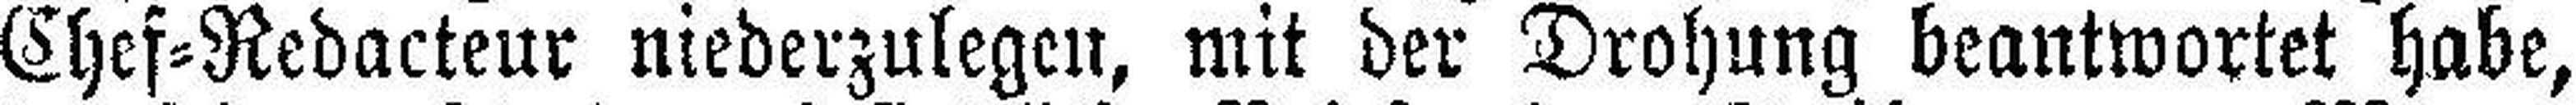
Chef=Redacteur niederzulegen, mit der Drohung beantwortet habe,